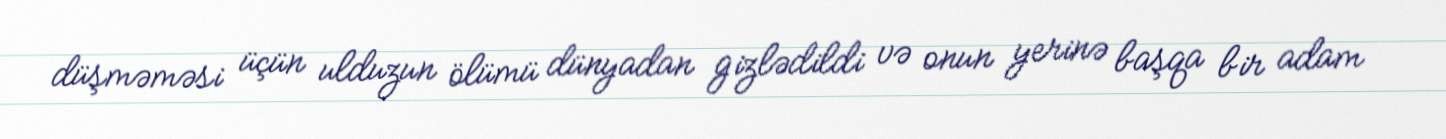
düşməməsi üçün ulduzun ölümü dünyadan gizlədildi və onun yerinə başqa bir adam